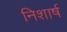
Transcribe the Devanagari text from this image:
निशार्ष